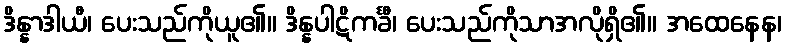
ဒိန္နာဒါယီ၊ ပေးသည်ကိုယူ၏။ ဒိန္နပါဋိကင်္ခီ၊ ပေးသည်ကိုသာအလိုရှိ၏။ အထေနေန၊